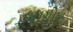
બાયોઝ